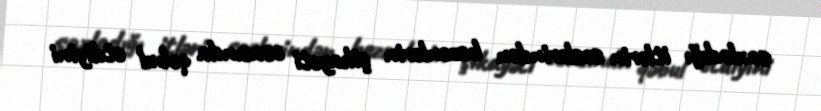
saxladığı itlərin səslərindən bezənlərin şikayəti əsasında qəbul etdiyini